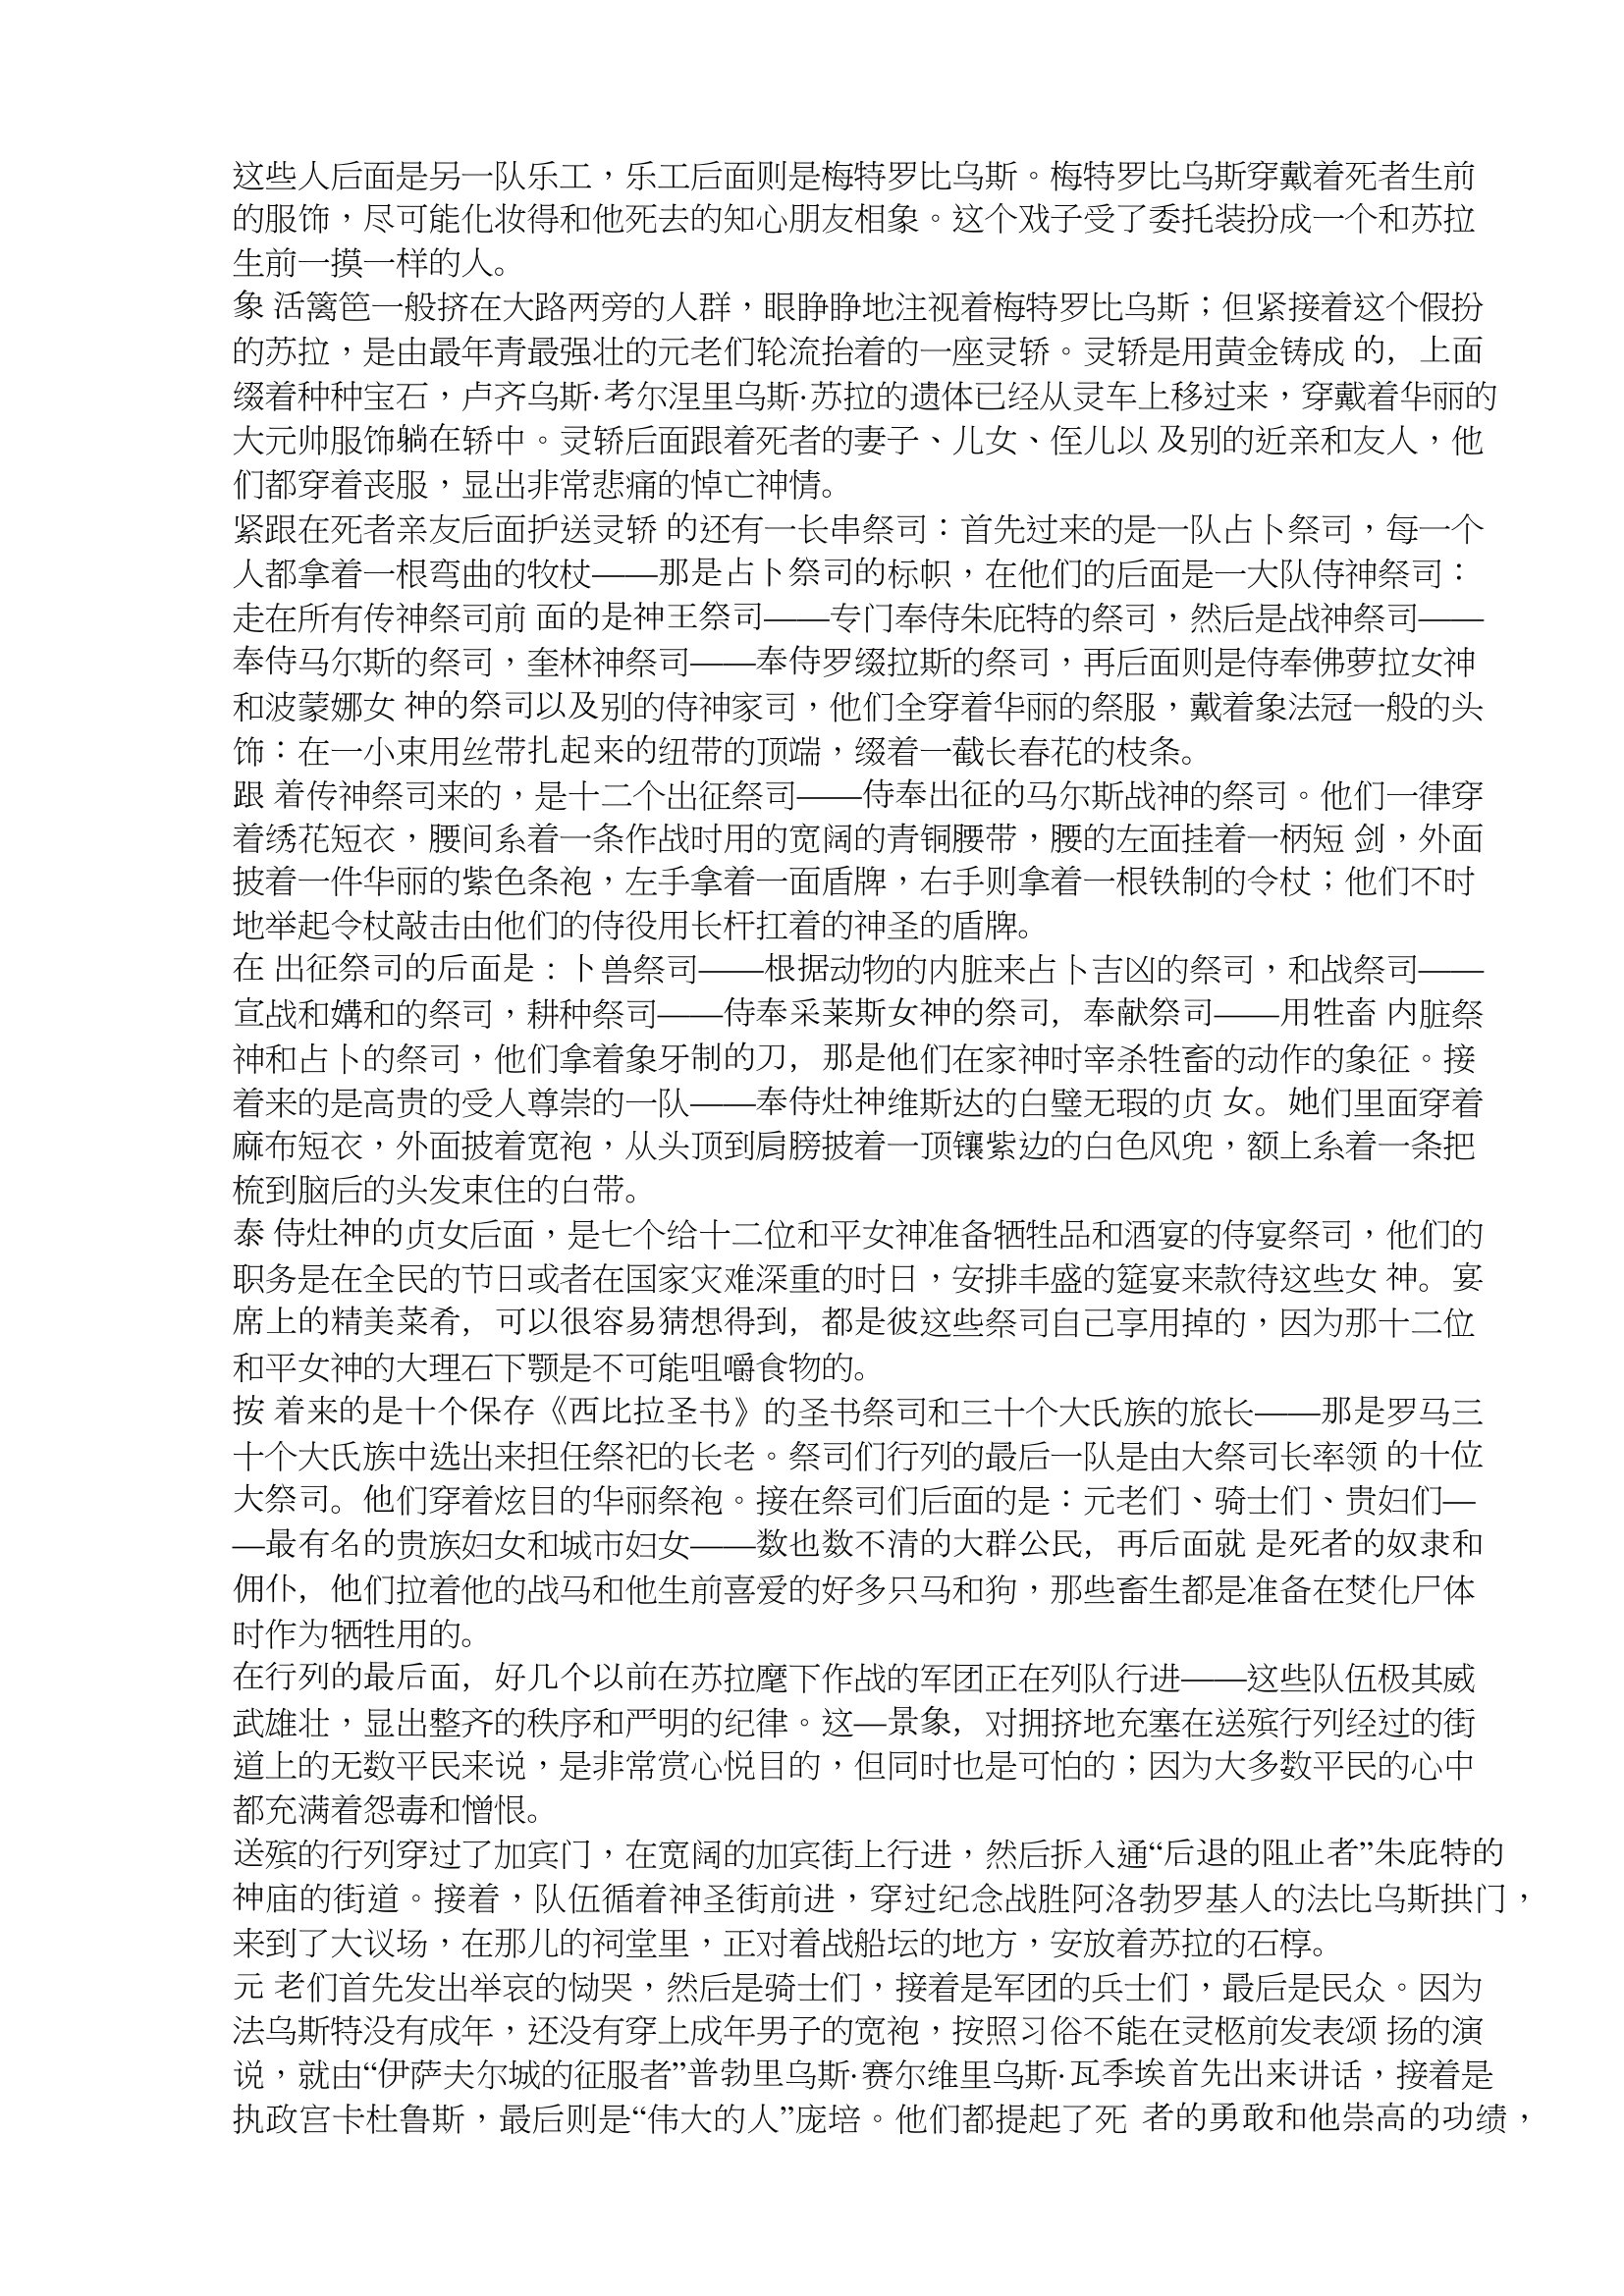
Language: zh